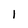
Character: 1